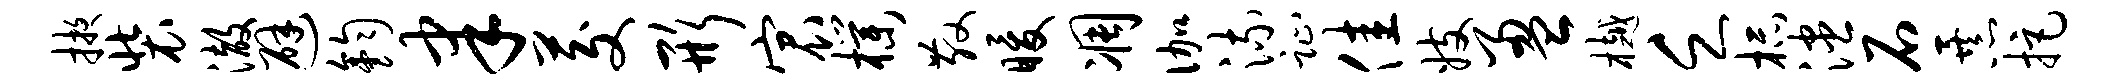
掖装澈避钧聿茭形宸朴散暖凋伽流趾佳妓盈樾乏杯漶石暴拒